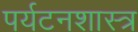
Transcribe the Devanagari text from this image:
पर्यटनशास्त्र